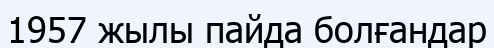
1957 жылы пайда болғандар